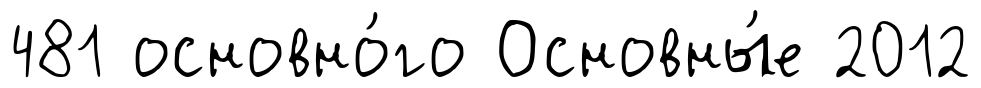
481 основно́го Основны́е 2012